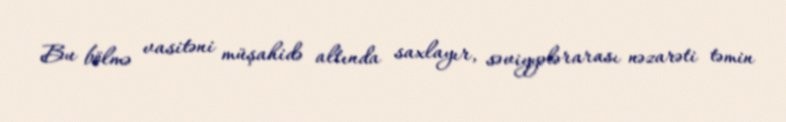
Bu bölmə vasitəni müşahidə altında saxlayır, səviyyələrarası nəzarəti təmin